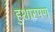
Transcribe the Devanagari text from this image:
हुशारपण